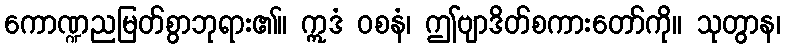
ကောဏ္ဍညမြတ်စွာဘုရား၏။ ဣဒံ ဝစနံ၊ ဤဗျာဒိတ်စကားတော်ကို။ သုတွာန၊